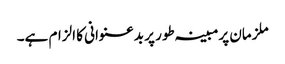
ملزمان پرمبینہ طور پر بدعنوانی کا الزام ہے۔